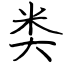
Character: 类